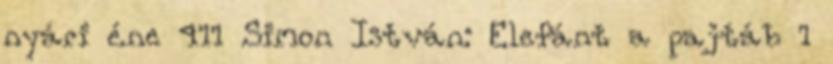
nyári éne 411 Simon István: Elefánt a pajtáb 1